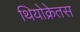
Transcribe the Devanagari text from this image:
थियोक्रेतस